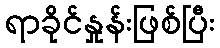
ရာခိုင်နှုန်းဖြစ်ပြီး